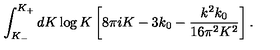
\int _ { K _ { - } } ^ { K _ { + } } d K \log K \left[ 8 \pi i K - 3 k _ { 0 } - \frac { k ^ { 2 } k _ { 0 } } { 1 6 \pi ^ { 2 } K ^ { 2 } } \right] .